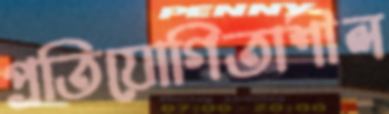
প্রতিযোগিতাশীল